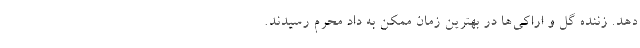
دهد. زننده گل و اراکی‌ها در بهترین زمان ممکن به داد محرم رسیدند.